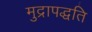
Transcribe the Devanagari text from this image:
मुद्रापद्धति